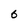
Character: 6